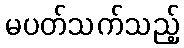
မပတ်သက်သည့်